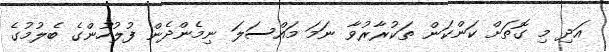
އަދި މި ގޮތަށް ކަންކަން ތަކުރާރުވާ ނަމަ މައްސަލަ ނިމެންދެން ފުލުހުންގެ ބެލުމުގެ